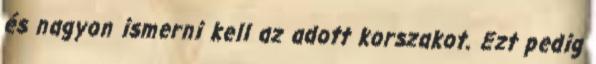
és nagyon ismerni kell az adott korszakot. Ezt pedig